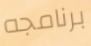
برنامجه